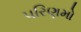
પરિણમો